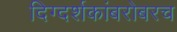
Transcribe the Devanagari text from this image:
दिग्दर्शकांबरोबरच